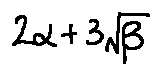
2 \alpha + 3 \sqrt { \beta }